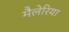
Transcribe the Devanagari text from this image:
मैलेरिया